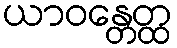
ယာဝန္တေတ္ထ